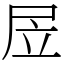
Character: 㞐